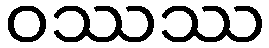
ဝဿဿ